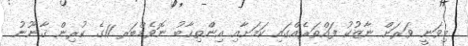
މިވަނީ ވަރަށް ނާޒުކު ފައްތަރެއްގައި ކަމަށާއި އިންތިޚާބު ނޮވެމްބަރ 11ގެ ކުރިން ޤާނޫނު